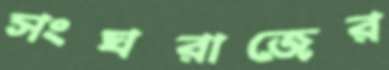
সংঘরাজের